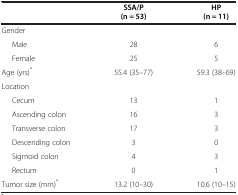
<table><thead><tr><td><b> </b></td><td><b>SSA/P (n = 53)</b></td><td><b>HP (n = 11)</b></td></tr></thead><tbody><tr><td>Gender</td><td> </td><td> </td></tr><tr><td>Male</td><td>28</td><td>6</td></tr><tr><td>Female</td><td>25</td><td>5</td></tr><tr><td>Age (yrs)<sup>*</sup></td><td>55.4 (35–77)</td><td>59.3 (38–69)</td></tr><tr><td>Location</td><td> </td><td> </td></tr><tr><td>Cecum</td><td>13</td><td>1</td></tr><tr><td>Ascending colon</td><td>16</td><td>3</td></tr><tr><td>Transverse colon</td><td>17</td><td>3</td></tr><tr><td>Descending colon</td><td>3</td><td>0</td></tr><tr><td>Sigmoid colon</td><td>4</td><td>3</td></tr><tr><td>Rectum</td><td>0</td><td>1</td></tr><tr><td>Tumor size (mm)<sup>*</sup></td><td>13.2 (10–30)</td><td>10.6 (10–15)</td></tr></tbody></table>